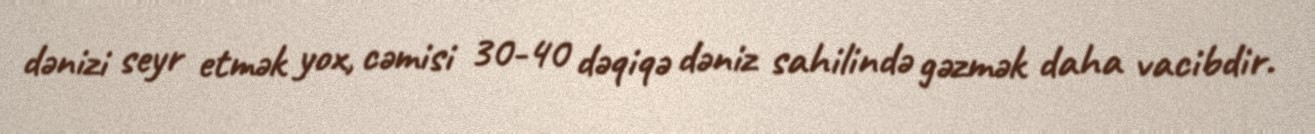
dənizi seyr etmək yox, cəmisi 30-40 dəqiqə dəniz sahilində gəzmək daha vacibdir.